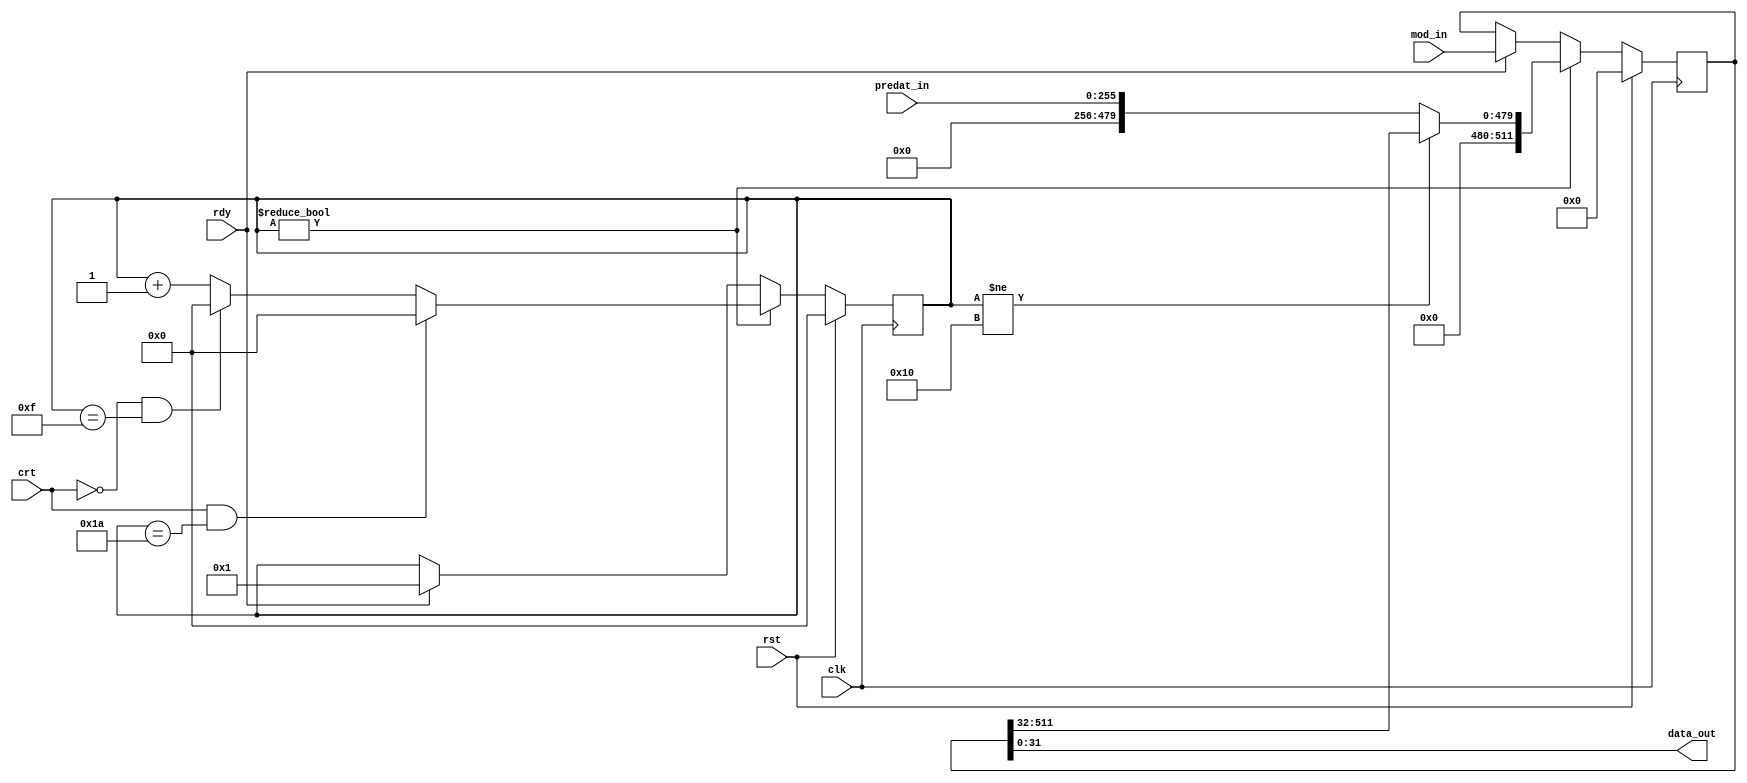
`timescale 1ns / 1ps
//////////////////////////////////////////////////////////////////////////////////
// Company: 
// Engineer: 
// 
// Design Name: 
// Module Name:    para_to_seq 
// Project Name: 
// Target Devices: 
// Tool versions: 
// Description: 
//
// Dependencies: 
//
// Revision: 
// Revision 0.01 - File Created
// Additional Comments: 
//////////////////////////////////////////////////////////////////////////////////
module para_to_seq_mod(clk, rst, rdy, crt, mod_in, predat_in, data_out);
   parameter RSA_LEN = 512;
    parameter BUS_W   = 32;
   
    input                clk, rst, rdy, crt; //Clock, reset, ready
    input  [RSA_LEN-1:0] mod_in;
    input  [RSA_LEN / 2 -1:0] predat_in;
    output [BUS_W-1  :0] data_out;
   reg [RSA_LEN-1:0] 	 data;
   

   reg [4:0] 		 cnt;

    always @(posedge clk) begin
        if (rst == 1'b1) begin
		   cnt <= 0;
		   data <= 0;
		end else begin
	   if (cnt) begin
		  if (crt && cnt == 5'h1a)       cnt <= 0;
		  else if (!crt && cnt == 5'h0f) cnt <= 0;
		  else                           cnt <= cnt + 1;
		  if (cnt != 5'h10) data <= {32'h00000000, data[RSA_LEN-1:BUS_W]};
		  else data <= {256'h0000000000000000, predat_in};
	   end else if (rdy) begin
		  cnt <= 1;
		  data <= mod_in;
	   end
	end // else: !if(rst == 1'b1)
    end // always @ (posedge clk)
   assign data_out = data[BUS_W-1:0];
   
endmodule